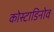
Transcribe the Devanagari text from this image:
कोस्टाडिनोव